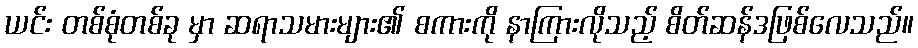
ယင်း တစ်စုံတစ်ခု မှာ ဆရာသမားများ၏ စကားကို နာကြားလိုသည့် စိတ်ဆန်ဒဖြစ်လေသည်။